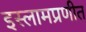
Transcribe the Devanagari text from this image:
इस्लामप्रणीत